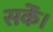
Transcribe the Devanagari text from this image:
सकेंं।